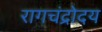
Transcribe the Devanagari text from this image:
रागचंद्रोदय